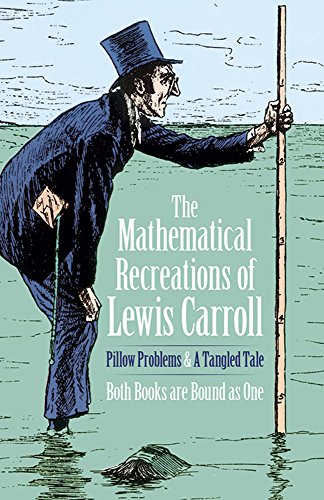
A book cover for The Mathematical Recreations of Lewis Carroll: Pillow Problems and a Tangled Tale (Dover Recreational Math); Lewis Carroll; Teen & Young Adult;